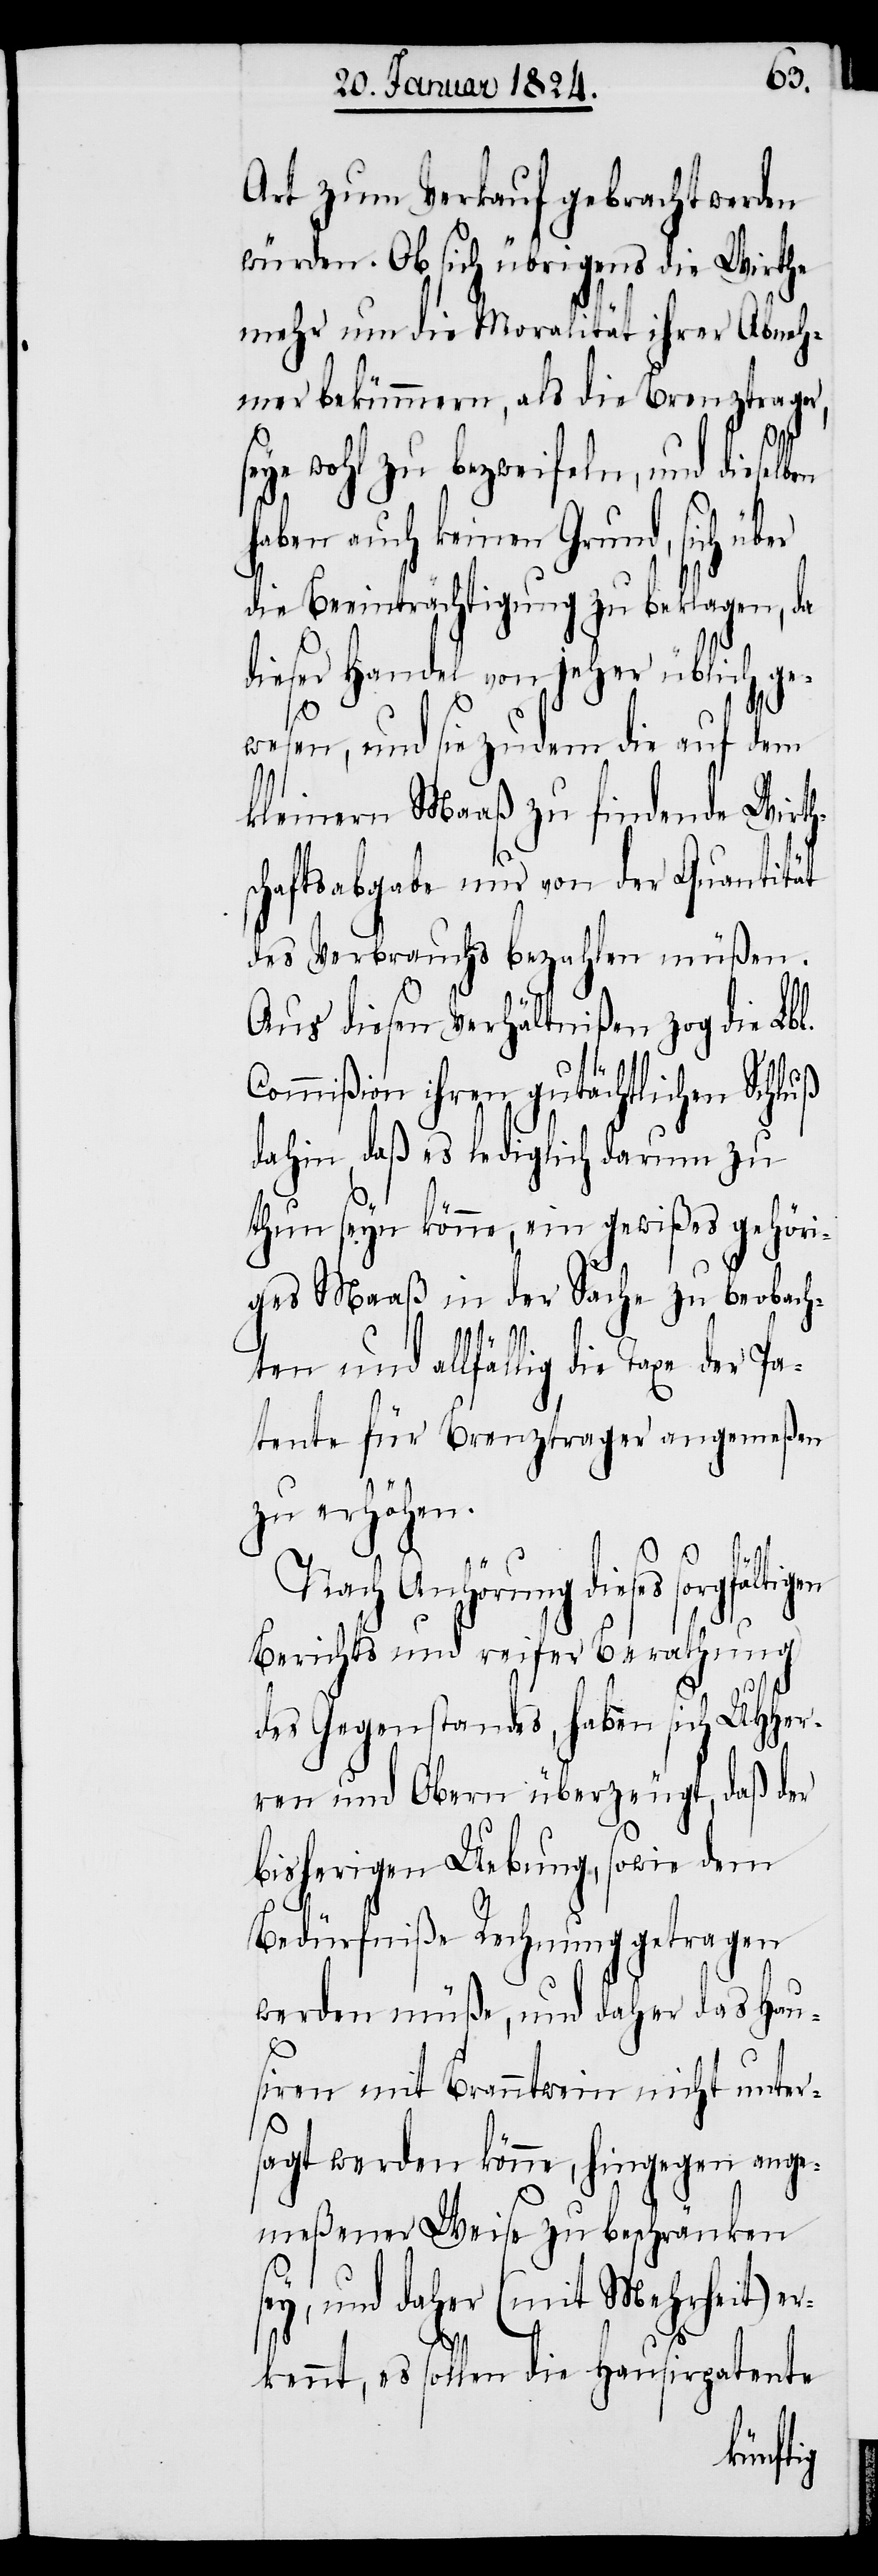
lben
Art zum Verkauf gebracht werden
würden. Ob sich übrigens die Wirthe
mehr um die Moralität ihrer Abneh¬
mer bekümmern, als die Brenztrager,
seye wohl zu bezweifeln, und diese¬
haben auch keinen Grund, sich üb¬
die Beeinträchtigung zu beklagen, da
dieser Handel von jeher üblich ge¬
wesen, und sie zudem die auf dem
kleinen Maaß zu findende Wirth¬
schaftsabgabe nur von der Quantität
des Verbrauchs bezahlen müßen.
Aus diesen Verhältnißen zog die Lbl.
Commißion ihren gutächtlichen Schluß
dahin, daß es lediglich darum zu
thun seyn könne, ein gewißes gehöri¬
ges Maaß in der Sache zu beobach¬
er
ten und allfällig die Taxe der Pa¬
tente für Brenztrager angemeßen
zu erhöhen.
Nach Anhörung dieses
Berichts und reifer Berathung
des Gegenstandes, haben sich UHHer¬
ren und Obern überzeugt, daß der
bisherigen Uebung, sowie dem
Bedürfniße Rechnung getragen
werden müße, und daher das Hau¬
siren mit Branntwein nicht unter¬
sagt werden könne, hingegen ange¬
meßener Weise zu beschränken
und daher (mit Mehrheit) e¬
rkennt, es sollen die Hausirpatente